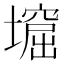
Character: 𡑣